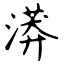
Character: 漭